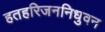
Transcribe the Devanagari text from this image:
हतहरिजननिधुवन